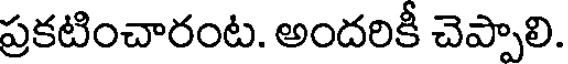
ప్రకటించారంట. అందరికీ చెప్పాలి.